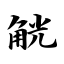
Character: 觥